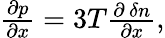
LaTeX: \begin{array}{r}{\frac{\partial p}{\partial x}=3T\frac{\partial\, \delta n}{\partial x},}\end{array}